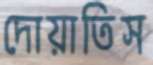
দোয়াতিস